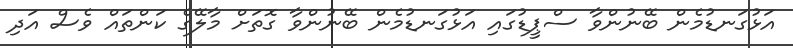
އަޅުގަނޑުމެން ބޭނުންވާ ސްޕީޑުގައި އަޅުގަނޑުމެން ބޭނުންވާ ގޮތަށް މާލޭގެ ކަންތައް ވެސް އަދި